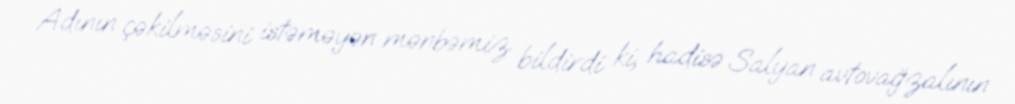
Adının çəkilməsini istəməyən mənbəmiz bildirdi ki, hadisə Salyan avtovağzalının